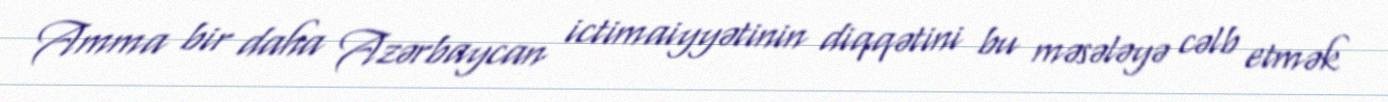
Amma bir daha Azərbaycan ictimaiyyətinin diqqətini bu məsələyə cəlb etmək